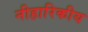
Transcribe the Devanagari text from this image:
नीहारिकीय